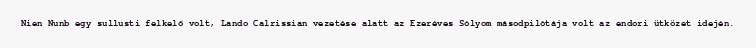
Nien Nunb egy sullusti felkelő volt, Lando Calrissian vezetése alatt az Ezeréves Sólyom másodpilótája volt az endori ütközet idején.